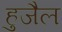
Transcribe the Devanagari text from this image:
हुजैल